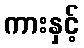
ကားနှင့်